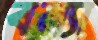
বন্যা